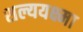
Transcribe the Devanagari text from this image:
शल्ययक्ष्मा